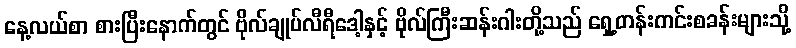
နေ့လယ်စာ စားပြီးနောက်တွင် ဗိုလ်ချုပ်လီရီဒေါ့နှင့် ဗိုလ်ကြီးဆန်းဂါးတို့သည် ရှေ့တန်းကင်းစခန်းများသို့